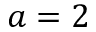
a = 2